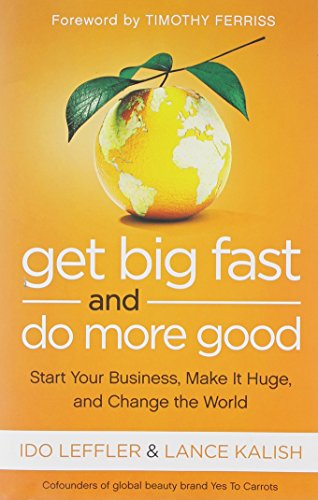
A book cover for Get Big Fast and Do More Good: Start Your Business, Make It Huge, and Change the World; Ido Leffler; Business & Money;